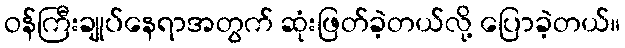
ဝန်ကြီးချုပ်နေရာအတွက် ဆုံးဖြတ်ခဲ့တယ်လို့ ပြောခဲ့တယ်။